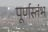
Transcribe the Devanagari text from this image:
पूर्णस्तंभ